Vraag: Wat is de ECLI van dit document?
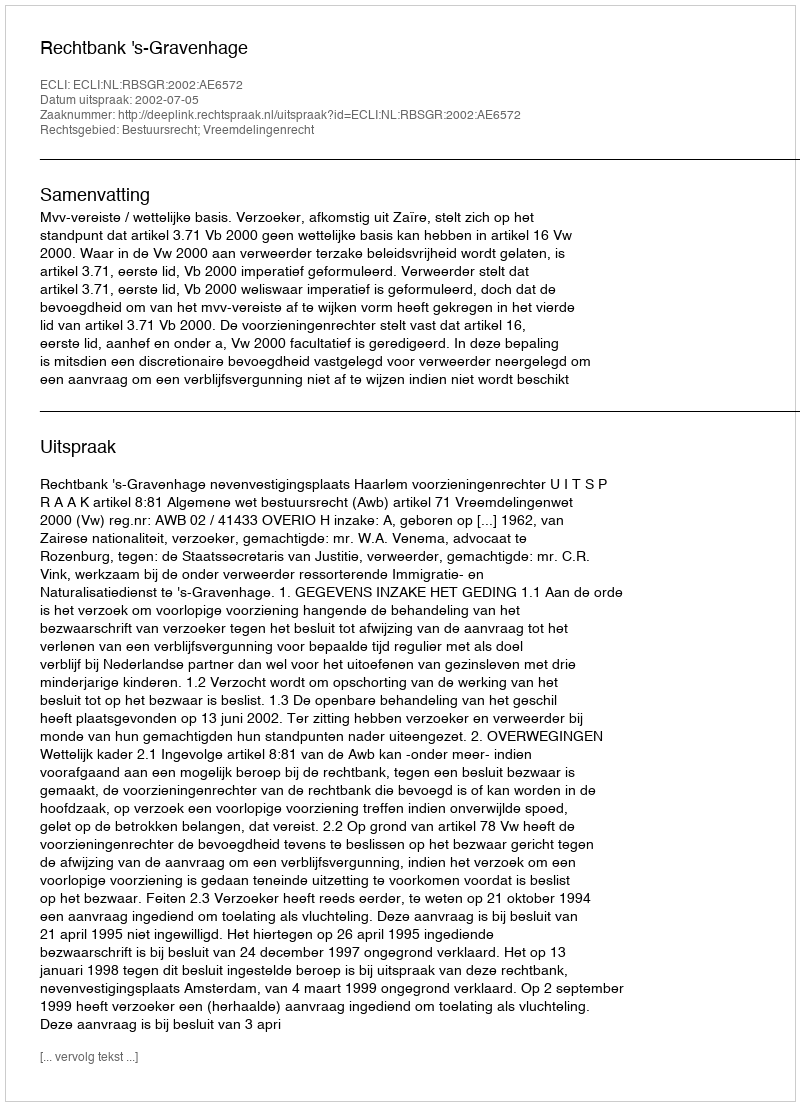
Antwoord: ECLI:NL:RBSGR:2002:AE6572